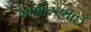
અશોકભાઈ